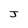
Character: J